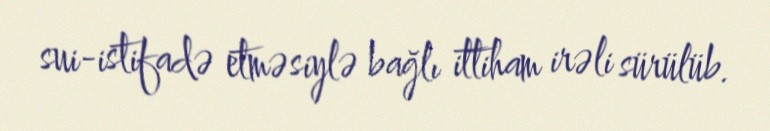
sui-istifadə etməsiylə bağlı ittiham irəli sürülüb.